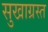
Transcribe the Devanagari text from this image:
सुखाग्रस्‍त